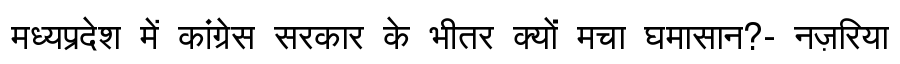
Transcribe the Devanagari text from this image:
मध्यप्रदेश में कांग्रेस सरकार के भीतर क्यों मचा घमासान?- नज़रिया